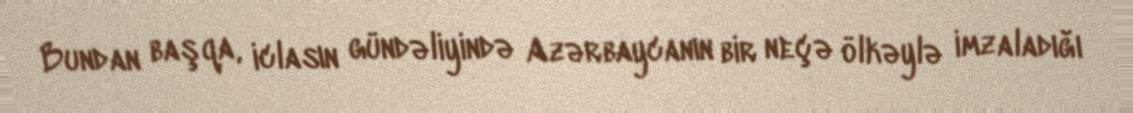
Bundan başqa, iclasın gündəliyində Azərbaycanın bir neçə ölkəylə imzaladığı